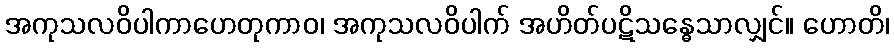
အကုသလဝိပါကာဟေတုကာဝ၊ အကုသလဝိပါက် အဟိတ်ပဋိသန္ဓေသာလျှင်။ ဟောတိ၊